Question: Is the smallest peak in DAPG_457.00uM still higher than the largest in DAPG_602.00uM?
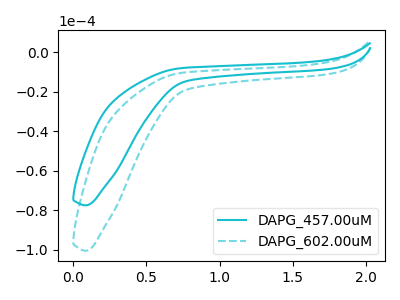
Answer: <think>The cyan curve "DAPG_457.00uM" has no peaks. The cyan dashed curve "DAPG_602.00uM" has no peaks.</think>
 <answer>Niether CV has any peaks.</answer>
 <eval>blanks</eval>